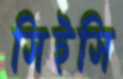
সিইসি